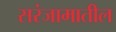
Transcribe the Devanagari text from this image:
सरंजामातील